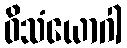
ဝိသံယောဂါ